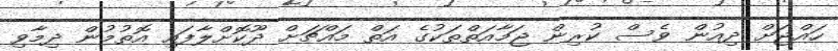
ހައްޖަށް ދިއުން ވެސް ކުރިން ޖަމާއަތްތަކުގެ އަތް މައްޗަށް ދޫކޮށްލާފައި އޮތުމުން ދިމާވި